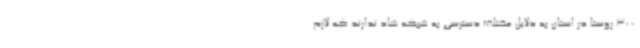
300 روستا در استان به دلایل مختلف دسترسی به شبکه شاد ندارند که لازم